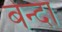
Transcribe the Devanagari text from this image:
बेन्दा